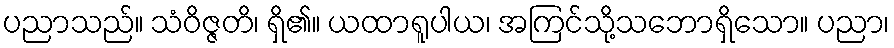
ပညာသည်။ သံဝိဇ္ဇတိ၊ ရှိ၏။ ယထာရူပါယ၊ အကြင်သို့သဘောရှိသော။ ပညာ၊